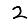
Digit: 2